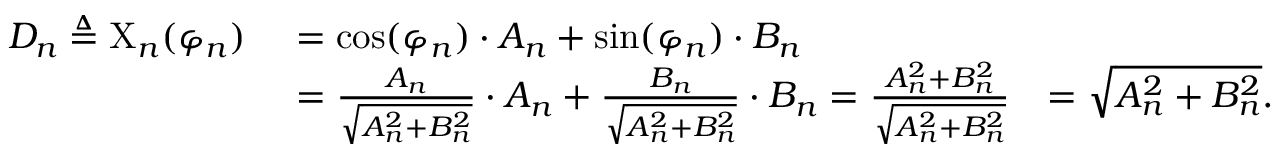
{ \begin{array} { r l r } { D _ { n } \triangleq \mathrm { X } _ { n } ( \varphi _ { n } ) \ } & { = \cos ( \varphi _ { n } ) \cdot A _ { n } + \sin ( \varphi _ { n } ) \cdot B _ { n } } \\ & { = { \frac { A _ { n } } { \sqrt { A _ { n } ^ { 2 } + B _ { n } ^ { 2 } } } } \cdot A _ { n } + { \frac { B _ { n } } { \sqrt { A _ { n } ^ { 2 } + B _ { n } ^ { 2 } } } } \cdot B _ { n } = { \frac { A _ { n } ^ { 2 } + B _ { n } ^ { 2 } } { \sqrt { A _ { n } ^ { 2 } + B _ { n } ^ { 2 } } } } } & { = { \sqrt { A _ { n } ^ { 2 } + B _ { n } ^ { 2 } } } . } \end{array} }